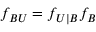
f _ { B U } = f _ { U | B } f _ { B }